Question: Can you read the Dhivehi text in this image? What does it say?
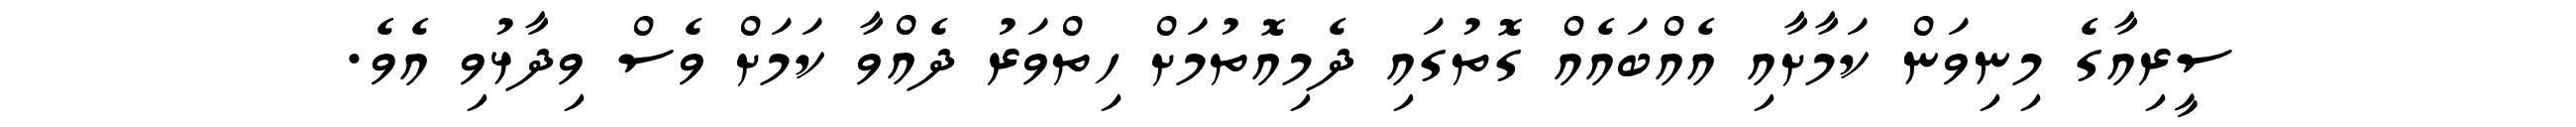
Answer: ސީރިއާގެ މިނިވަން ކަމާށާއި އެއްބައެއް ގޮތުގައި ދެމިއޮތުމަށް ހިތްވަރު ދެއްވާ ކަމަށް ވެސް ވިދާޅުވި އެވެ.